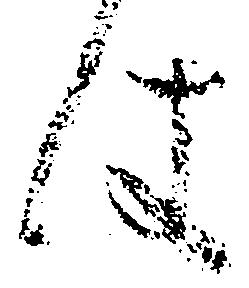
件